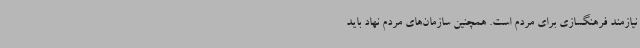
نیازمند فرهنگسازی برای مردم است. همچنین سازمان‌های مردم نهاد باید